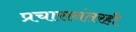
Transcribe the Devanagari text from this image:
प्रचारानंतरही